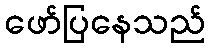
ဖော်ပြနေသည်